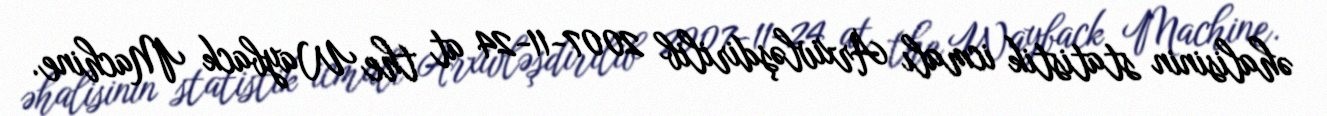
əhalisinin statistik icmalı Arxivləşdirilib 2007-11-24 at the Wayback Machine.